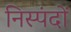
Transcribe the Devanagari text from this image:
निस्पंदों